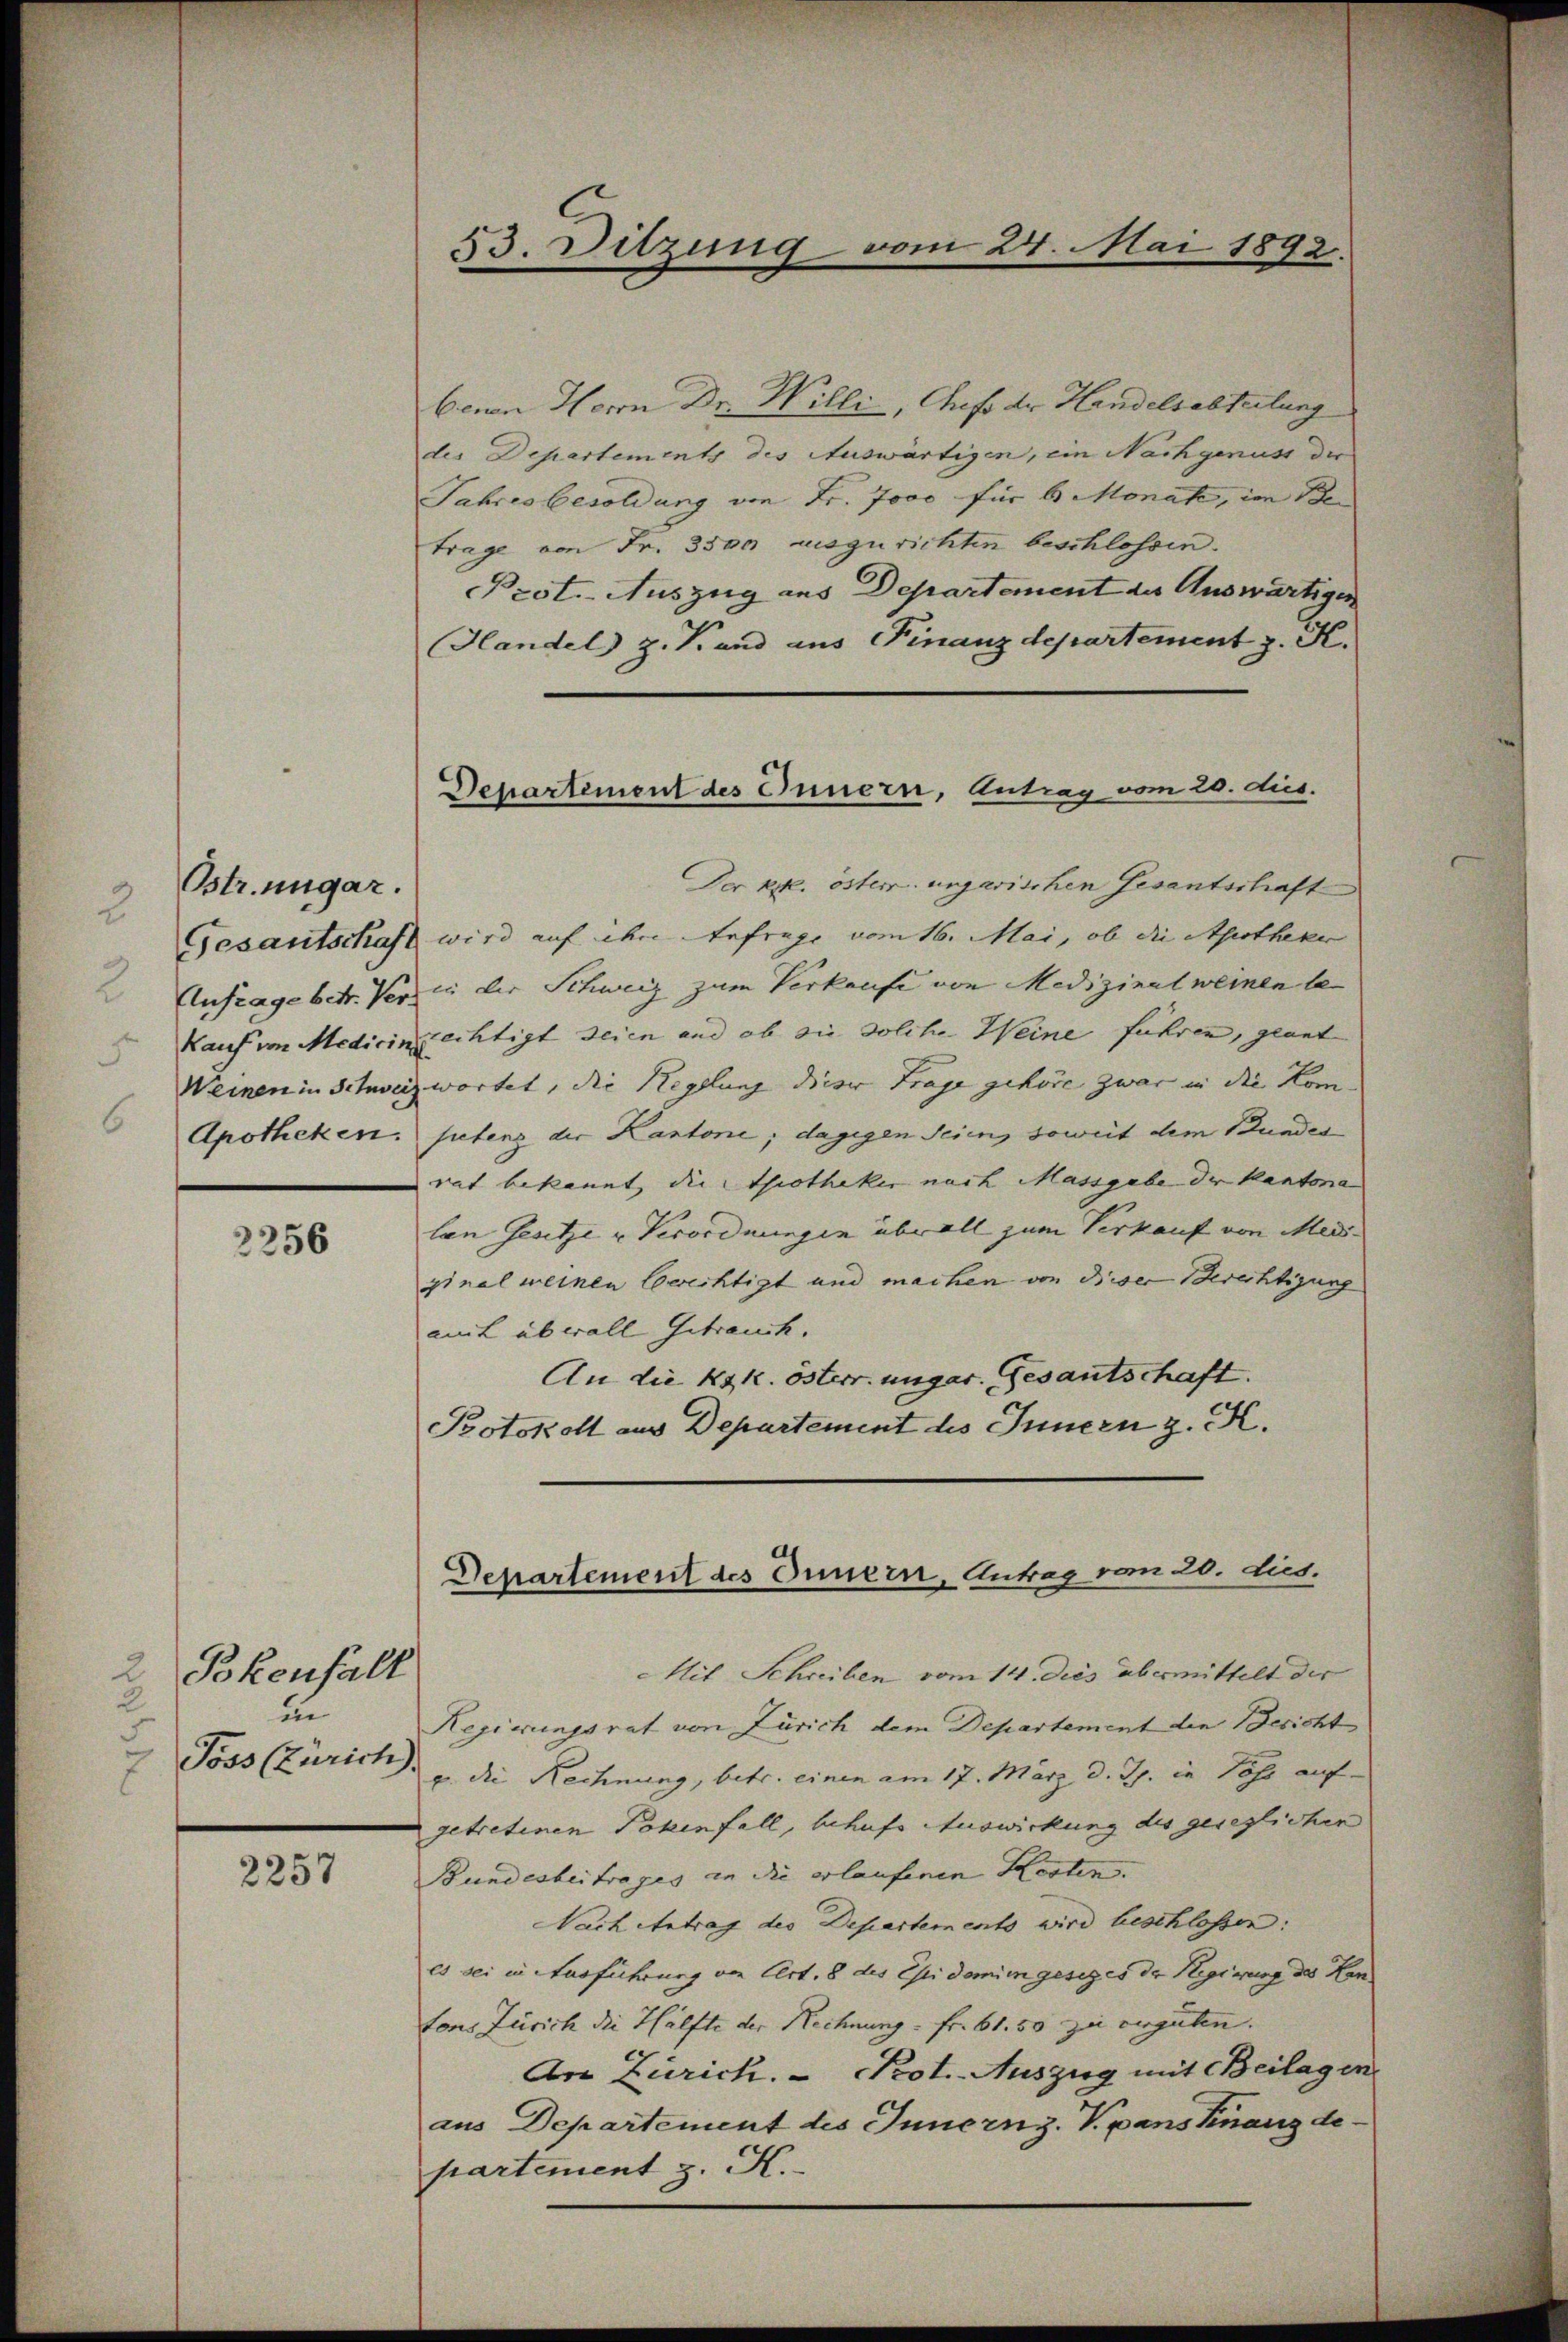
Ostr. ungar.
3

2256

2
Bokenfall
2
un
Toss (Zürich).

2257

benen Herrn Dr. Willi, Auf der Handelsabteilung
des Departements des Auswärtigen, ein Nachgenuss der
Jahresbesoldung von Fr. Jovo für 6 Monate, im Be
trage von Fr. 3500 auszurichten beschlossen.
Prot. Auszug aus Departement des Auswärtigen
Handel z. Brand aus Finanzdepartement z. K.
Der k.k. öster ungarischen Gesantschaft
Gesantschaft wird auf ihre Anfrage vom 16. Mai, ob die Apotheker
Anfrage betr. Verin der Schweiz zum Verkaufe von Medizinalweinen be-
Kauf von Medicin rechtigt seien und ob sie solche Weine führen, geant
Weinen in Schweiz wortet, die Regelung dieser Frage gehöre zwar in die Kom-
Apotheken. Petens der Kantone; dagegen Seien, soweit dem Bunder
rat bekannt, die Throtheker nach Massgabe der Kantona
lan Gesetze u Verordnungen überall zum Verkauf von Meis-
ginal weinen berechtigt und machen von dieser Berechtigung
amt überall Gebrauch.
An die k. k. österr. ungar. Gesantschaft.
Protokoll aus Departement des Innern z. K.

53. Ditzung vom 24. Mai 1892.

Departement des Innern, Antrag vom 20. dus.

Departement des Innern, Antrag vom 20. dus.

Mit Schreiben vom 14. Dies übermittelt der
Regierungsrat von Zürich dem Departement den Besicht
u. die Rechnung, betr. einen am 17. März d. Js. in Post auf
getretenen Pokenfall, behufs Auswirkung des geseglichen
Bundesbeitrages in die erlaufenen Kosten. |
Nach Antrag des Departements wird beschlossen:
es sei in Ausführung von Cert. 8 des Epidemie gesiges der Regierung des Hantons Zürich die Hälfte der Rechnung. Fr. 61.50 zu verguten.
An Zürich. Prot. Auszug mit Beilagen
aus Departement des Innernz. V. pans Knang departement z. K.